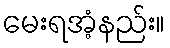
မေးရအံ့နည်း။